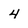
Character: 4